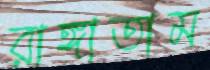
রাঙ্গাতাম